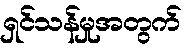
ရှင်သန်မှုအတွက်